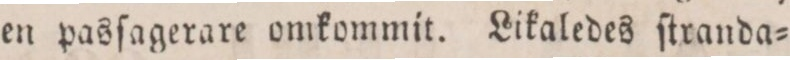
en pasſagerare omkommit. Likaledes ſtranda=